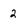
Character: 2